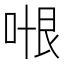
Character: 𭈍